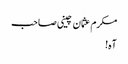
مکرم عثمان چینی صاحب
آہ!